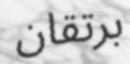
برتقان